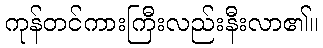
ကုန်တင်ကားကြီးလည်းနီးလာ၏။